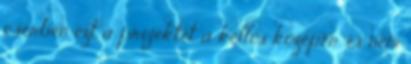
cserben ezt a projektet a kellős közepén, és nem